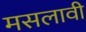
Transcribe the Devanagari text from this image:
मसलावी